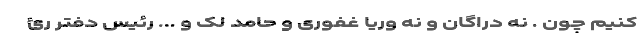
کنیم چون . نه دراگان و نه وریا غفوری و حامد لک و ... رئیس دفتر رئ